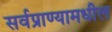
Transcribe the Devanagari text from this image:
सर्वप्राण्यामधील